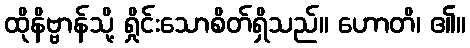
ထိုနိဗ္ဗာန်သို့ ရှိုင်းသောစိတ်ရှိသည်။ ဟောတိ၊ ၏။